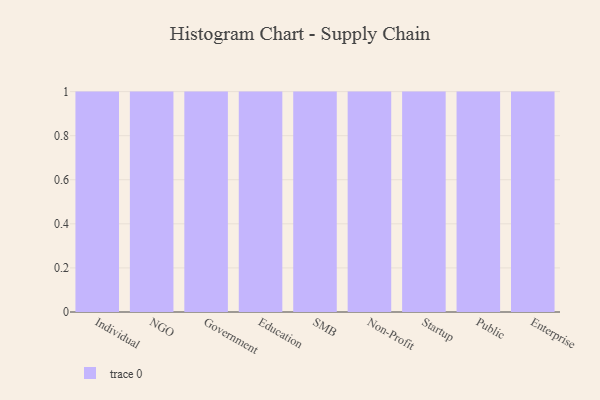
{"axis": {"x": "Segment", "y": "Revenue (USD Million)"}, "legend": [""], "data": [{"x": "Individual", "y": 33, "type": ""}, {"x": "NGO", "y": 8, "type": ""}, {"x": "Government", "y": 88, "type": ""}, {"x": "Education", "y": 73, "type": ""}, {"x": "SMB", "y": 80, "type": ""}, {"x": "Non-Profit", "y": 23, "type": ""}, {"x": "Startup", "y": 30, "type": ""}, {"x": "Public", "y": 78, "type": ""}, {"x": "Enterprise", "y": 92, "type": ""}]}